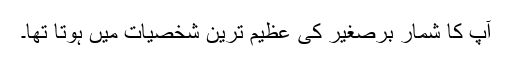
آپ کا شمار برصغیر کی عظیم ترین شخصیات میں ہوتا تھا۔